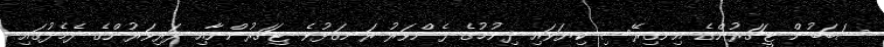
ސަބަބުން ޓީޗަރުންގެ އިނގިރޭސި ކިޔަވައި ދިނުމުގެ ފެންވަރު ރަނގަޅުވެ ޓިޗަރުންނާއި ދަރިވަރުންގެ ދެމެދުގައި